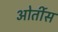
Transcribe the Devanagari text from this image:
ओर्तीस